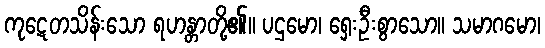
ကုဋေတသိန်းသော ရဟန္တာတို့၏။ ပဌမော၊ ရှေးဦးစွာသော။ သမာဂမော၊